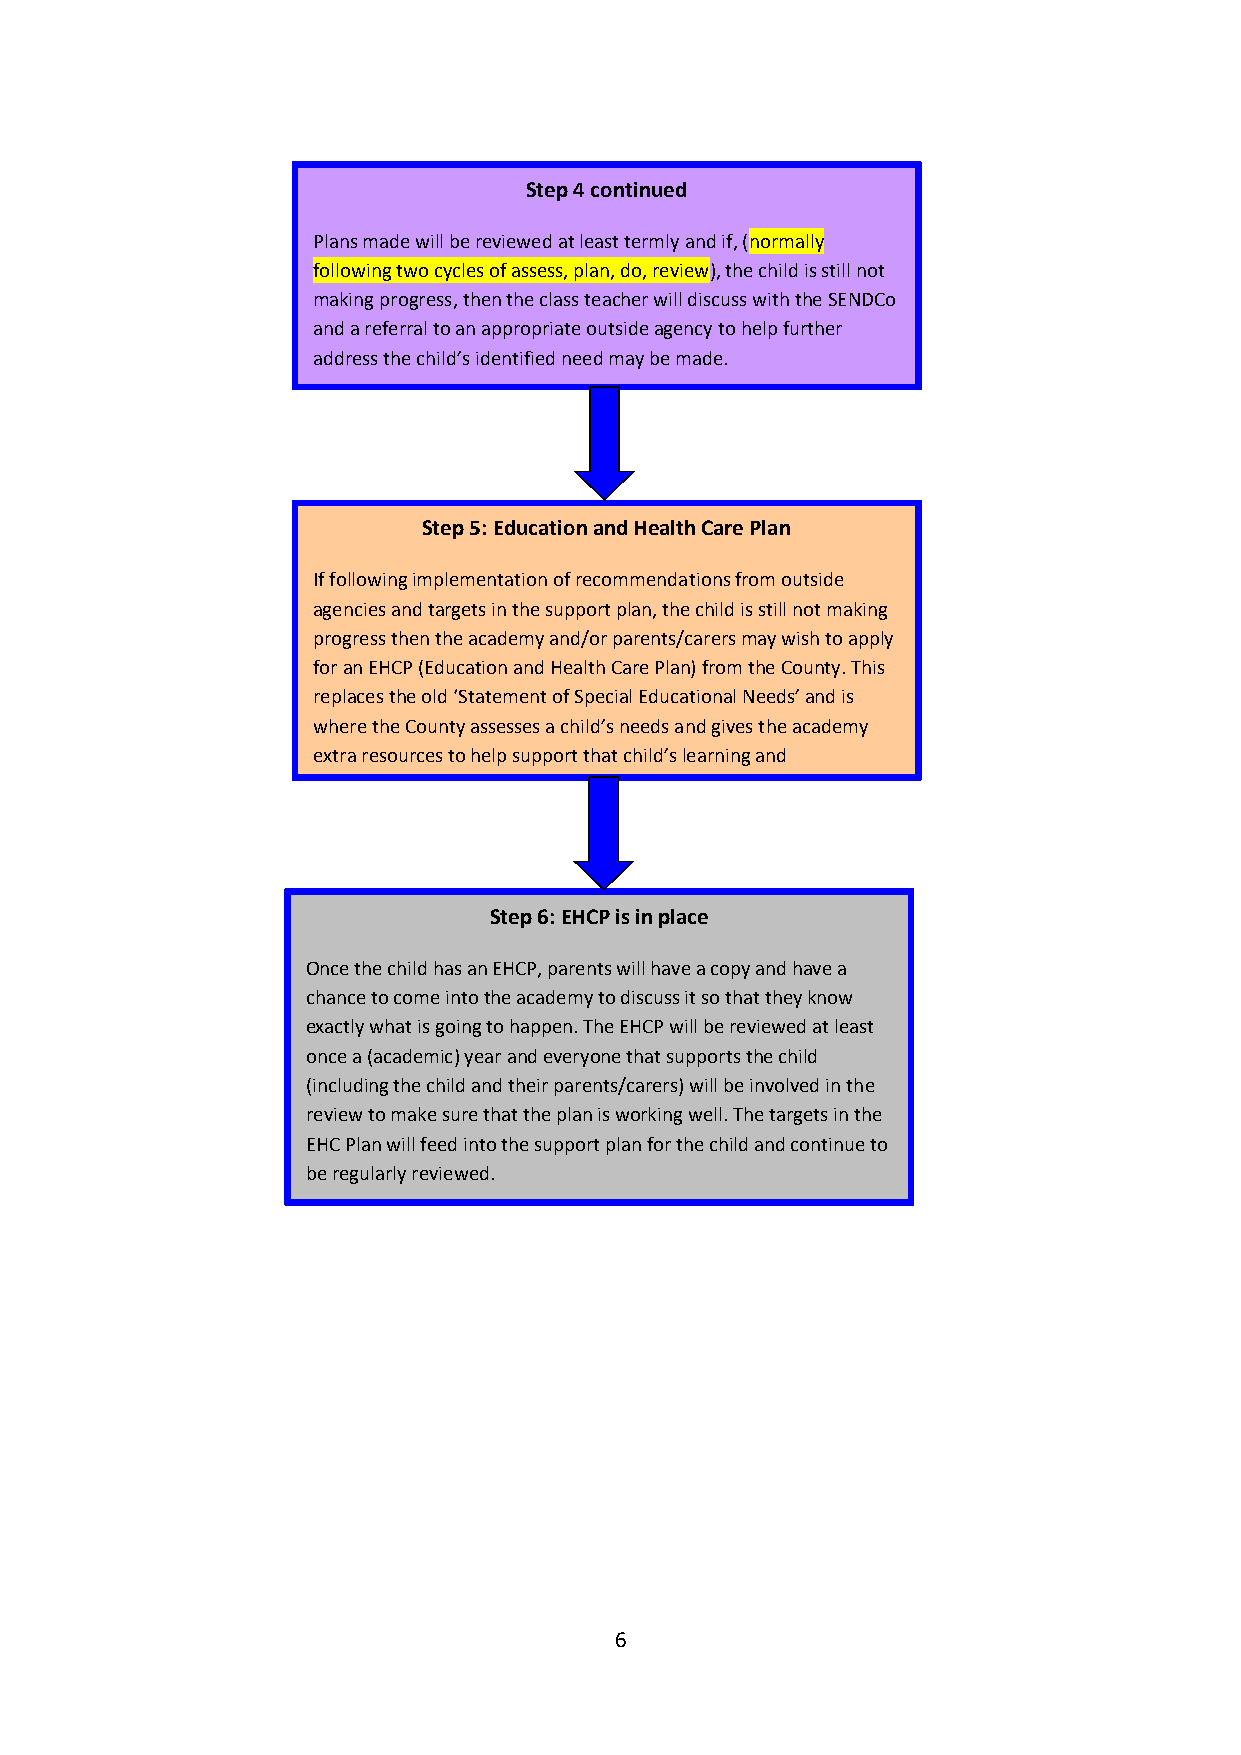
Step 4 continued
 Plans made will be reviewed at least termly and if, (normally
 following two cycles of assess, plan, do, review), the child is still not
 making progress, then the class teacher will discuss with the SENDCo
 and a referral to an appropriate outside agency to help further
 address the child’s identified need may be made.
 Step 5: Education and Health Care Plan
 If following implementation of recommendations from outside
 agencies and targets in the support plan, the child is still not making
 progress then the academy and/or parents/carers may wish to apply
 for an EHCP (Education and Health Care Plan) from the County. This
 replaces the old ‘Statement of Specia l Educational Needs’ and is
 where the County assesses a child’s needs and gives the academy
 extra resources to help support that child’s learning and
 development.
 Step 6: EHCP is in place
 Once the child has an EHCP, parents will have a copy and have a
 chance to come into the academy to discuss it so that they know
 exactly what is going to happen. The EHCP will be reviewed at least
 once a (academic) year and everyone that supports the child
 (including the child and their parents/carers) will be involved in the
 review to make sure that the plan is working well. The targets in the
 EHC Plan will feed into the support plan for the child and continue to
 be regularly reviewed.
 6